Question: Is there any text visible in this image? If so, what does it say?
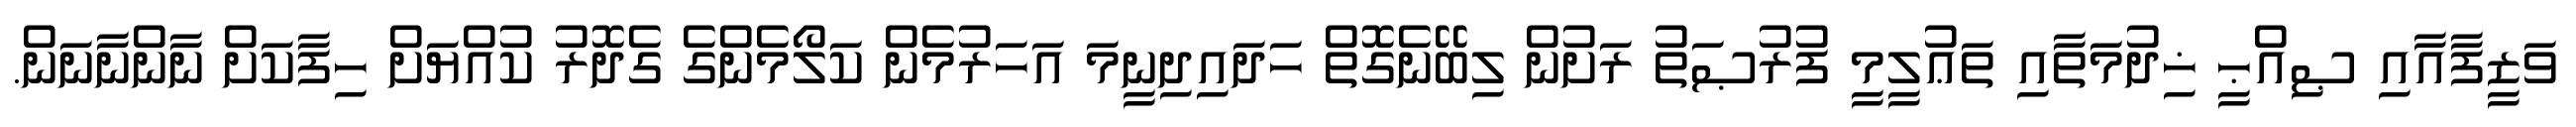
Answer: ވަޒީފާއާއި ޞިއްޙީ ޚިދުމަތާއި ތަޢުލީމީ ފުރުޞަތު ރަށުން ލިބޭނެގޮތް ހަދައިދިނީމަ އަހަރުމެން ކަލޯމެންގެ ގެދޮރު ކުއްޔަށް ހިފާކަށް ނާންނާނަން.